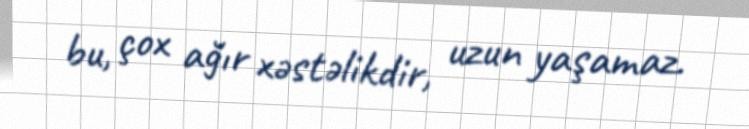
bu, çox ağır xəstəlikdir, uzun yaşamaz.